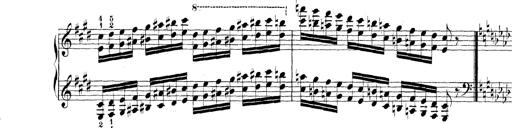
Title: Technische Studien
Composer: Franz Liszt